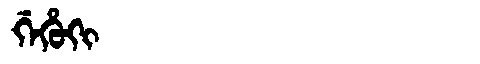
Manchu: ᡤᡝᡥᡠᡴᡳ
Romanization: GEHUKI